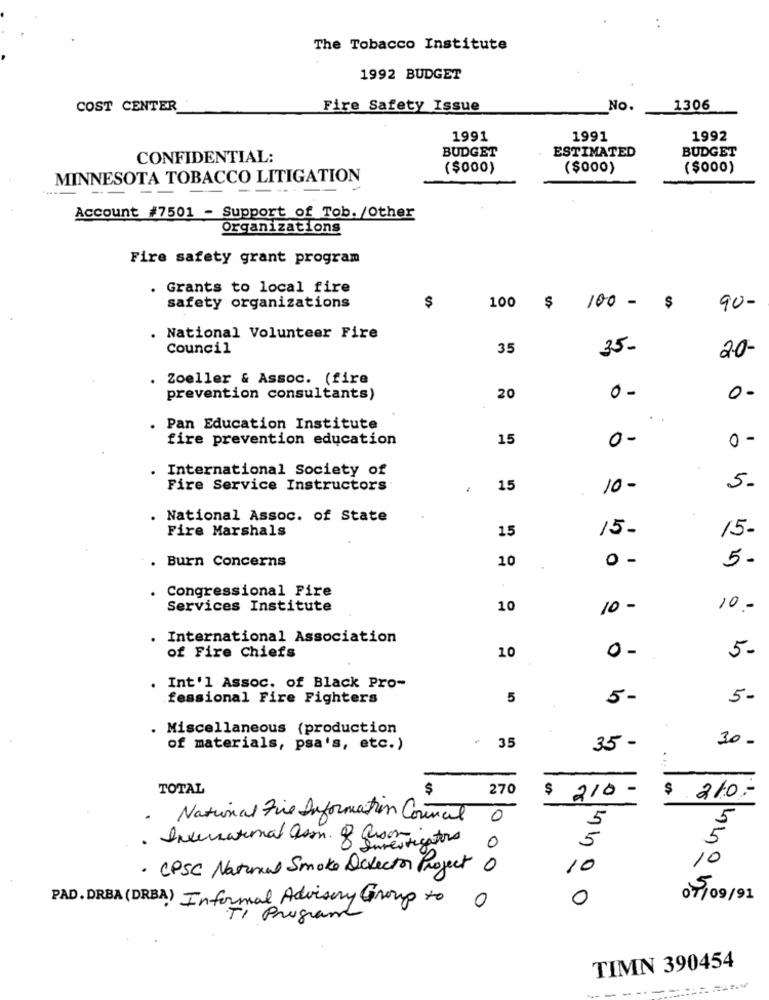
The Tobacco Institute
1992 BUDGET
COST CENTER
Fire Safety Issue
No.
1306
1991
1991
1992
BUDGET
ESTIMATED
BUDGET
CONFIDENTIAL:
($000)
($000)
($000)
MINNESOTA TOBACCO LITIGATION
Account #7501 - Support of Tob. /Other
Organizations
Fire safety grant program
. Grants to local fire
safety organizations
$
90-
100 $ 100 -
National Volunteer Fire
Council
35
35-
2.0-
. Zoeller & Assoc. (fire
0 -
prevention consultants)
20
0-
Pan Education Institute
fire prevention education
15
0-
0 -
. International Society of
Fire Service Instructors
15
10-
5.
. National Assoc. of State
Fire Marshals
15
15-
15-
. Burn Concerns
10
0 -
5-
Congressional Fire
Services Institute
10
10 -
10 -
International Association
0 -
5-
of Fire Chiefs
10
. Int'l Assoc. of Black Pro-
fessional Fire Fighters
5
5-
5-
. Miscellaneous (production
35
30 -
of materials, psa's, etc.)
35 -
TOTAL
270
$
210
-
210-
National Five Information Council O
5
5
Investigators
5
10
· CPSC Natural Smoke Detector Project
0 0
10
PAD. DRBA (DRBA) Informal Advisory Group to
0
0
07/09/91
TI Program
TIMN 390454